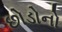
છોડોનો